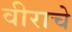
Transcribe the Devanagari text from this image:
वीराचे